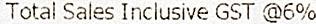
TOTAL SALES INCLUSIVE GST @6%